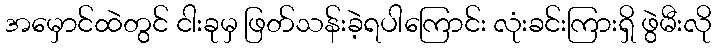
အမှောင်ထဲတွင် ငါးခုမှ ဖြတ်သန်းခဲ့ရပါကြောင်း လုံးခင်းကြားရှိ ဖွဲမီးလို